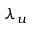
\lambda _ { u }